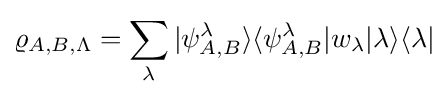
\varrho _{A,B,\Lambda }=\sum _{\lambda }|\psi _{A,B}^{\lambda }\rangle \langle \psi _{A,B}^{\lambda }|w_{\lambda }|\lambda \rangle \langle \lambda |